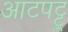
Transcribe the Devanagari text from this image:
आटपट्टु